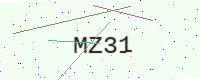
Text: MZ31